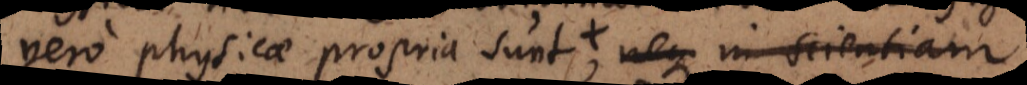
vero physicae propria sunt, et in his